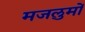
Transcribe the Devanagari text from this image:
मजलुमों